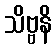
သိဗ္ဗနိ